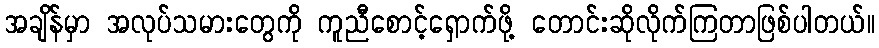
အချိန်မှာ အလုပ်သမားတွေကို ကူညီစောင့်ရှောက်ဖို့ တောင်းဆိုလိုက်ကြတာဖြစ်ပါတယ်။